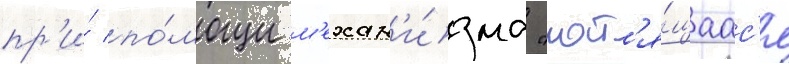
пр'и́ по́мощи м'ехан'и́зма "кат'я́щаас'я